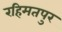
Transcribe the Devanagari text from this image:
रहिमतपुर